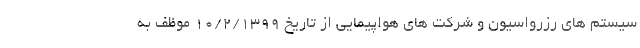
سیستم های رزرواسیون و شرکت های هواپیمایی از تاریخ ۱۰/۲/۱۳۹۹ موظف به